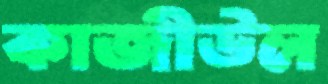
কাজীউল